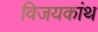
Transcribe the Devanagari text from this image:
विजयकांथ